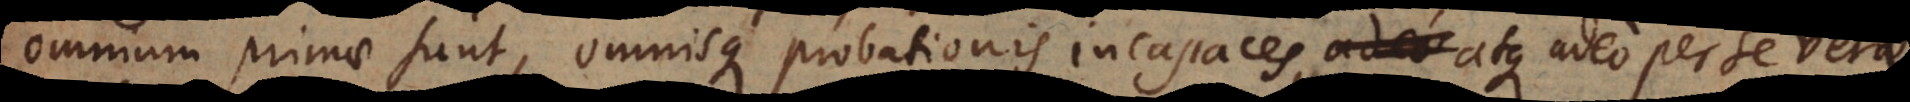
omnium primae sunt, omnisque probationis incapaces, adeo, nihil e